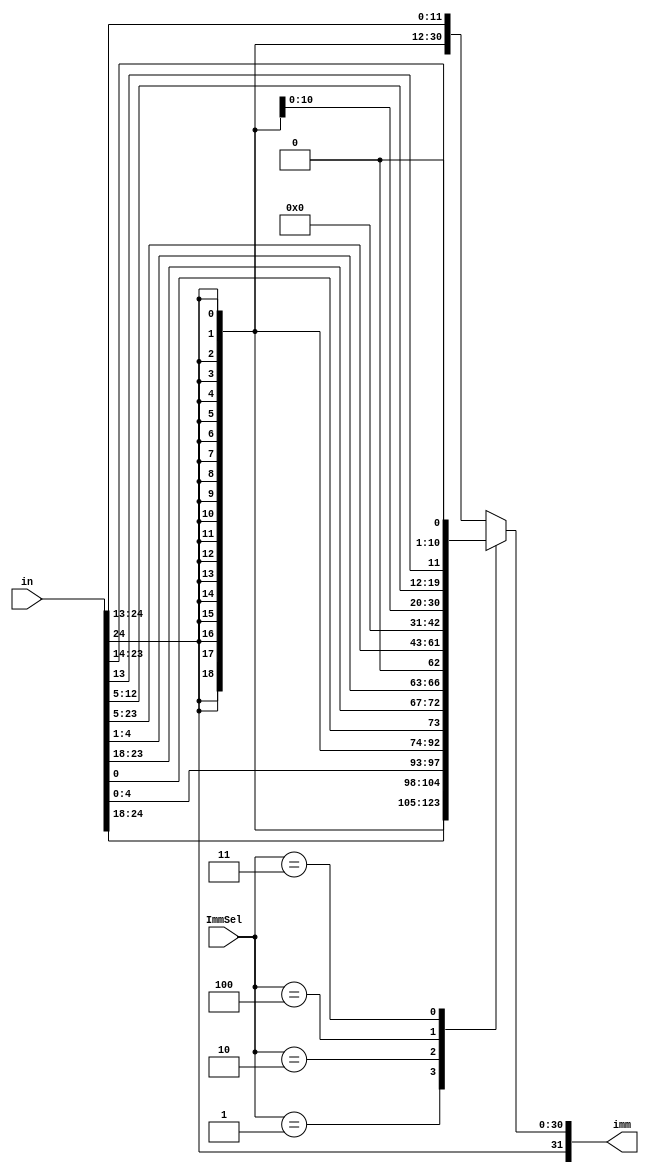
/******************************************************************
* Description
*	32 bits Imm Generator for RISCV
* Version:
*	1.0
* Author:
*	Jesus Martin Barroso
* email:
*	jesus.martin@iteso.mx
* Date:
*	20/02/2021
******************************************************************/
module ImmGen
(   
	input [24:0]  in,
	input [2:0]ImmSel,
   output[31:0] imm
);
localparam I = 3'b000;
localparam S = 3'b001;
localparam B = 3'b010;
localparam J = 3'b011;
localparam U = 3'b100;
reg [31:0] imm_r;

   
   always @ (*)
     begin
		case (ImmSel)
		  I: 
			imm_r = {{21{in[24]}},in[23:18],in[17:14],in[13]};
	     S: 
			imm_r = {{21{in[24]}},in[23:18],in[4:1],in[0]};
		  B: 
			imm_r = {{20{in[24]}},in[0],in[23:18],in[4:1],1'b0};
 		  U: 
			imm_r = {in[24],in[23:18],in[17:14],in[13],in[12:5],12'b0};
		  J:
			imm_r = {{12{in[24]}},in[12:5],in[13],in[23:18],in[17:14],1'b0};
		default:
			imm_r = {{21{in[24]}},in[23:18],in[17:14],in[13]};
		endcase // case(control)
     end
	  assign imm = imm_r;
endmodule